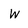
Character: W